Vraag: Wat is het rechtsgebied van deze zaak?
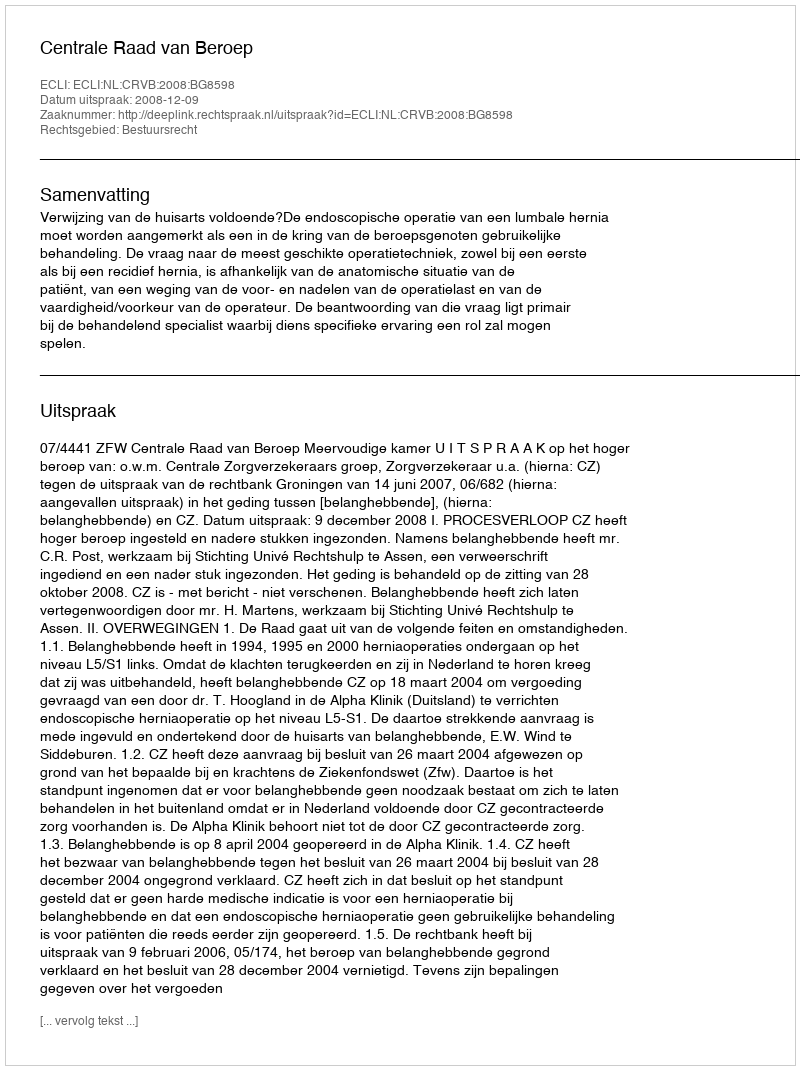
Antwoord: Bestuursrecht